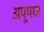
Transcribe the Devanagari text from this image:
अपूपान